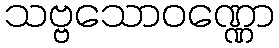
သဗ္ဗသောဝဏ္ဏော